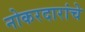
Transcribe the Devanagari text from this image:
नोकरदारांचे